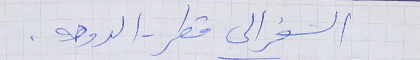
السفر الى قطر - الدوحه .